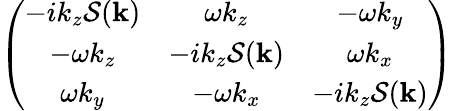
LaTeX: \left(\begin{array}{ccc}{-ik_{z}\mathcal{S}(\mathbf{k})}&{\omega k_{z}}&{-\omega k_{y}}\\ {-\omega k_{z}}&{-ik_{z}\mathcal{S}(\mathbf{k})}&{\omega k_{x}}\\ {\omega k_{y}}&{-\omega k_{x}}&{-ik_{z}\mathcal{S}(\mathbf{k})}\end{array}\right)